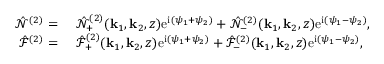
\begin{array} { r l } { \hat { \mathcal { N } } ^ { ( 2 ) } = ~ } & { { } \hat { \mathcal { N } } _ { + } ^ { ( 2 ) } ( \mathbf { k } _ { 1 } , \mathbf { k } _ { 2 } , z ) \mathrm { e } ^ { \mathrm { i } ( \psi _ { 1 } + \psi _ { 2 } ) } + \hat { \mathcal { N } } _ { - } ^ { ( 2 ) } ( \mathbf { k } _ { 1 } , \mathbf { k } _ { 2 } , z ) \mathrm { e } ^ { \mathrm { i } ( \psi _ { 1 } - \psi _ { 2 } ) } , } \\ { \hat { \mathcal { F } } ^ { ( 2 ) } = ~ } & { { } \hat { \mathcal { F } } _ { + } ^ { ( 2 ) } ( \mathbf { k } _ { 1 } , \mathbf { k } _ { 2 } , z ) \mathrm { e } ^ { \mathrm { i } ( \psi _ { 1 } + \psi _ { 2 } ) } + \hat { \mathcal { F } } _ { - } ^ { ( 2 ) } ( \mathbf { k } _ { 1 } , \mathbf { k } _ { 2 } , z ) \mathrm { e } ^ { \mathrm { i } ( \psi _ { 1 } - \psi _ { 2 } ) } , } \end{array}